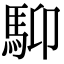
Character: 䭹